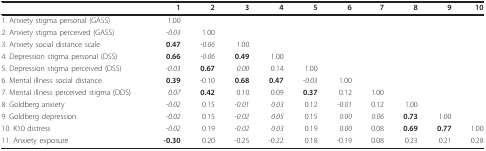
<table><thead><tr><td></td><td><b>1</b></td><td><b>2</b></td><td><b>3</b></td><td><b>4</b></td><td><b>5</b></td><td><b>6</b></td><td><b>7</b></td><td><b>8</b></td><td><b>9</b></td><td><b>10</b></td></tr></thead><tbody><tr><td>1. Anxiety stigma personal (GASS)</td><td>1.00</td><td></td><td></td><td></td><td></td><td></td><td></td><td></td><td></td><td></td></tr><tr><td>2. Anxiety stigma perceived (GASS)</td><td><i>-0.03</i></td><td>1.00</td><td></td><td></td><td></td><td></td><td></td><td></td><td></td><td></td></tr><tr><td>3. Anxiety social distance scale</td><td><b>0.47</b></td><td><i>-0.06</i></td><td>1.00</td><td></td><td></td><td></td><td></td><td></td><td></td><td></td></tr><tr><td>4. Depression stigma personal (DSS)</td><td><b>0.66</b></td><td><i>-0.06</i></td><td><b>0.49</b></td><td>1.00</td><td></td><td></td><td></td><td></td><td></td><td></td></tr><tr><td>5. Depression stigma perceived (DSS)</td><td><i>-0.03</i></td><td><b>0.67</b></td><td><i>0.00</i></td><td>0.14</td><td>1.00</td><td></td><td></td><td></td><td></td><td></td></tr><tr><td>6. Mental illness social distance</td><td><b>0.39</b></td><td>-0.10</td><td><b>0.68</b></td><td><b>0.47</b></td><td><i>-0.03</i></td><td>1.00</td><td></td><td></td><td></td><td></td></tr><tr><td>7. Mental illness perceived stigma (DDS)</td><td><i>0.07</i></td><td><b>0.42</b></td><td>0.10</td><td>0.09</td><td><b>0.37</b></td><td>0.12</td><td>1.00</td><td></td><td></td><td></td></tr><tr><td>8. Goldberg anxiety</td><td><i>-0.02</i></td><td>0.15</td><td><i>-0.01</i></td><td><i>0.03</i></td><td>0.12</td><td><i>-0.01</i></td><td>0.12</td><td>1.00</td><td></td><td></td></tr><tr><td>9. Goldberg depression</td><td><i>-0.02</i></td><td>0.15</td><td><i>-0.02</i></td><td><i>0.05</i></td><td>0.15</td><td><i>0.00</i></td><td><i>0.06</i></td><td><b>0.73</b></td><td>1.00</td><td></td></tr><tr><td>10. K10 distress</td><td><i>-0.02</i></td><td>0.19</td><td><i>-0.02</i></td><td><i>0.03</i></td><td>0.19</td><td><i>0.00</i></td><td>0.08</td><td><b>0.69</b></td><td><b>0.77</b></td><td>1.00</td></tr><tr><td>11. Anxiety exposure</td><td><b>-0.30</b></td><td>0.20</td><td>-0.25</td><td>-0.22</td><td>0.18</td><td>-0.19</td><td>0.08</td><td>0.23</td><td>0.21</td><td>0.28</td></tr></tbody></table>